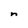
Character: n